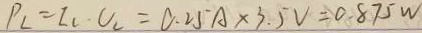
P _ { L } = I _ { L } \cdot U _ { L } = 0 . 2 5 A \times 3 . 5 V = 0 . 8 7 5 W